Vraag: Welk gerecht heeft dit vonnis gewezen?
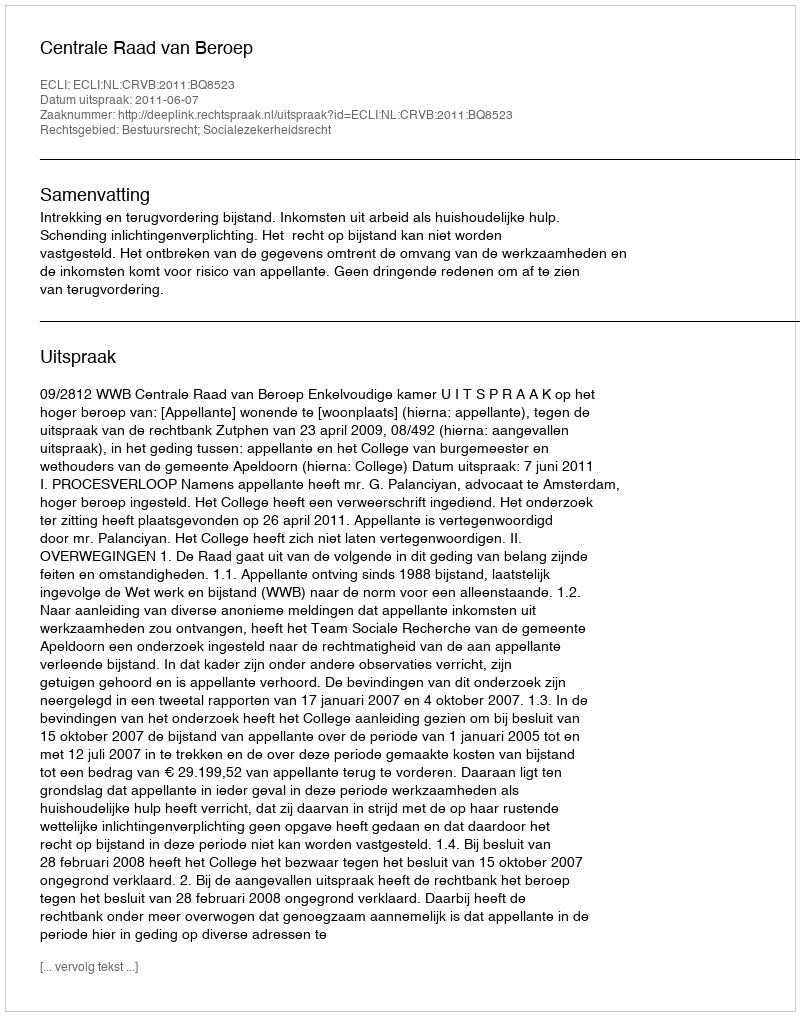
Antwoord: Centrale Raad van Beroep